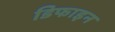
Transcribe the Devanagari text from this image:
डिफाइन